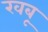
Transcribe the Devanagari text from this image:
खबू